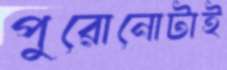
পুরোনোটাই